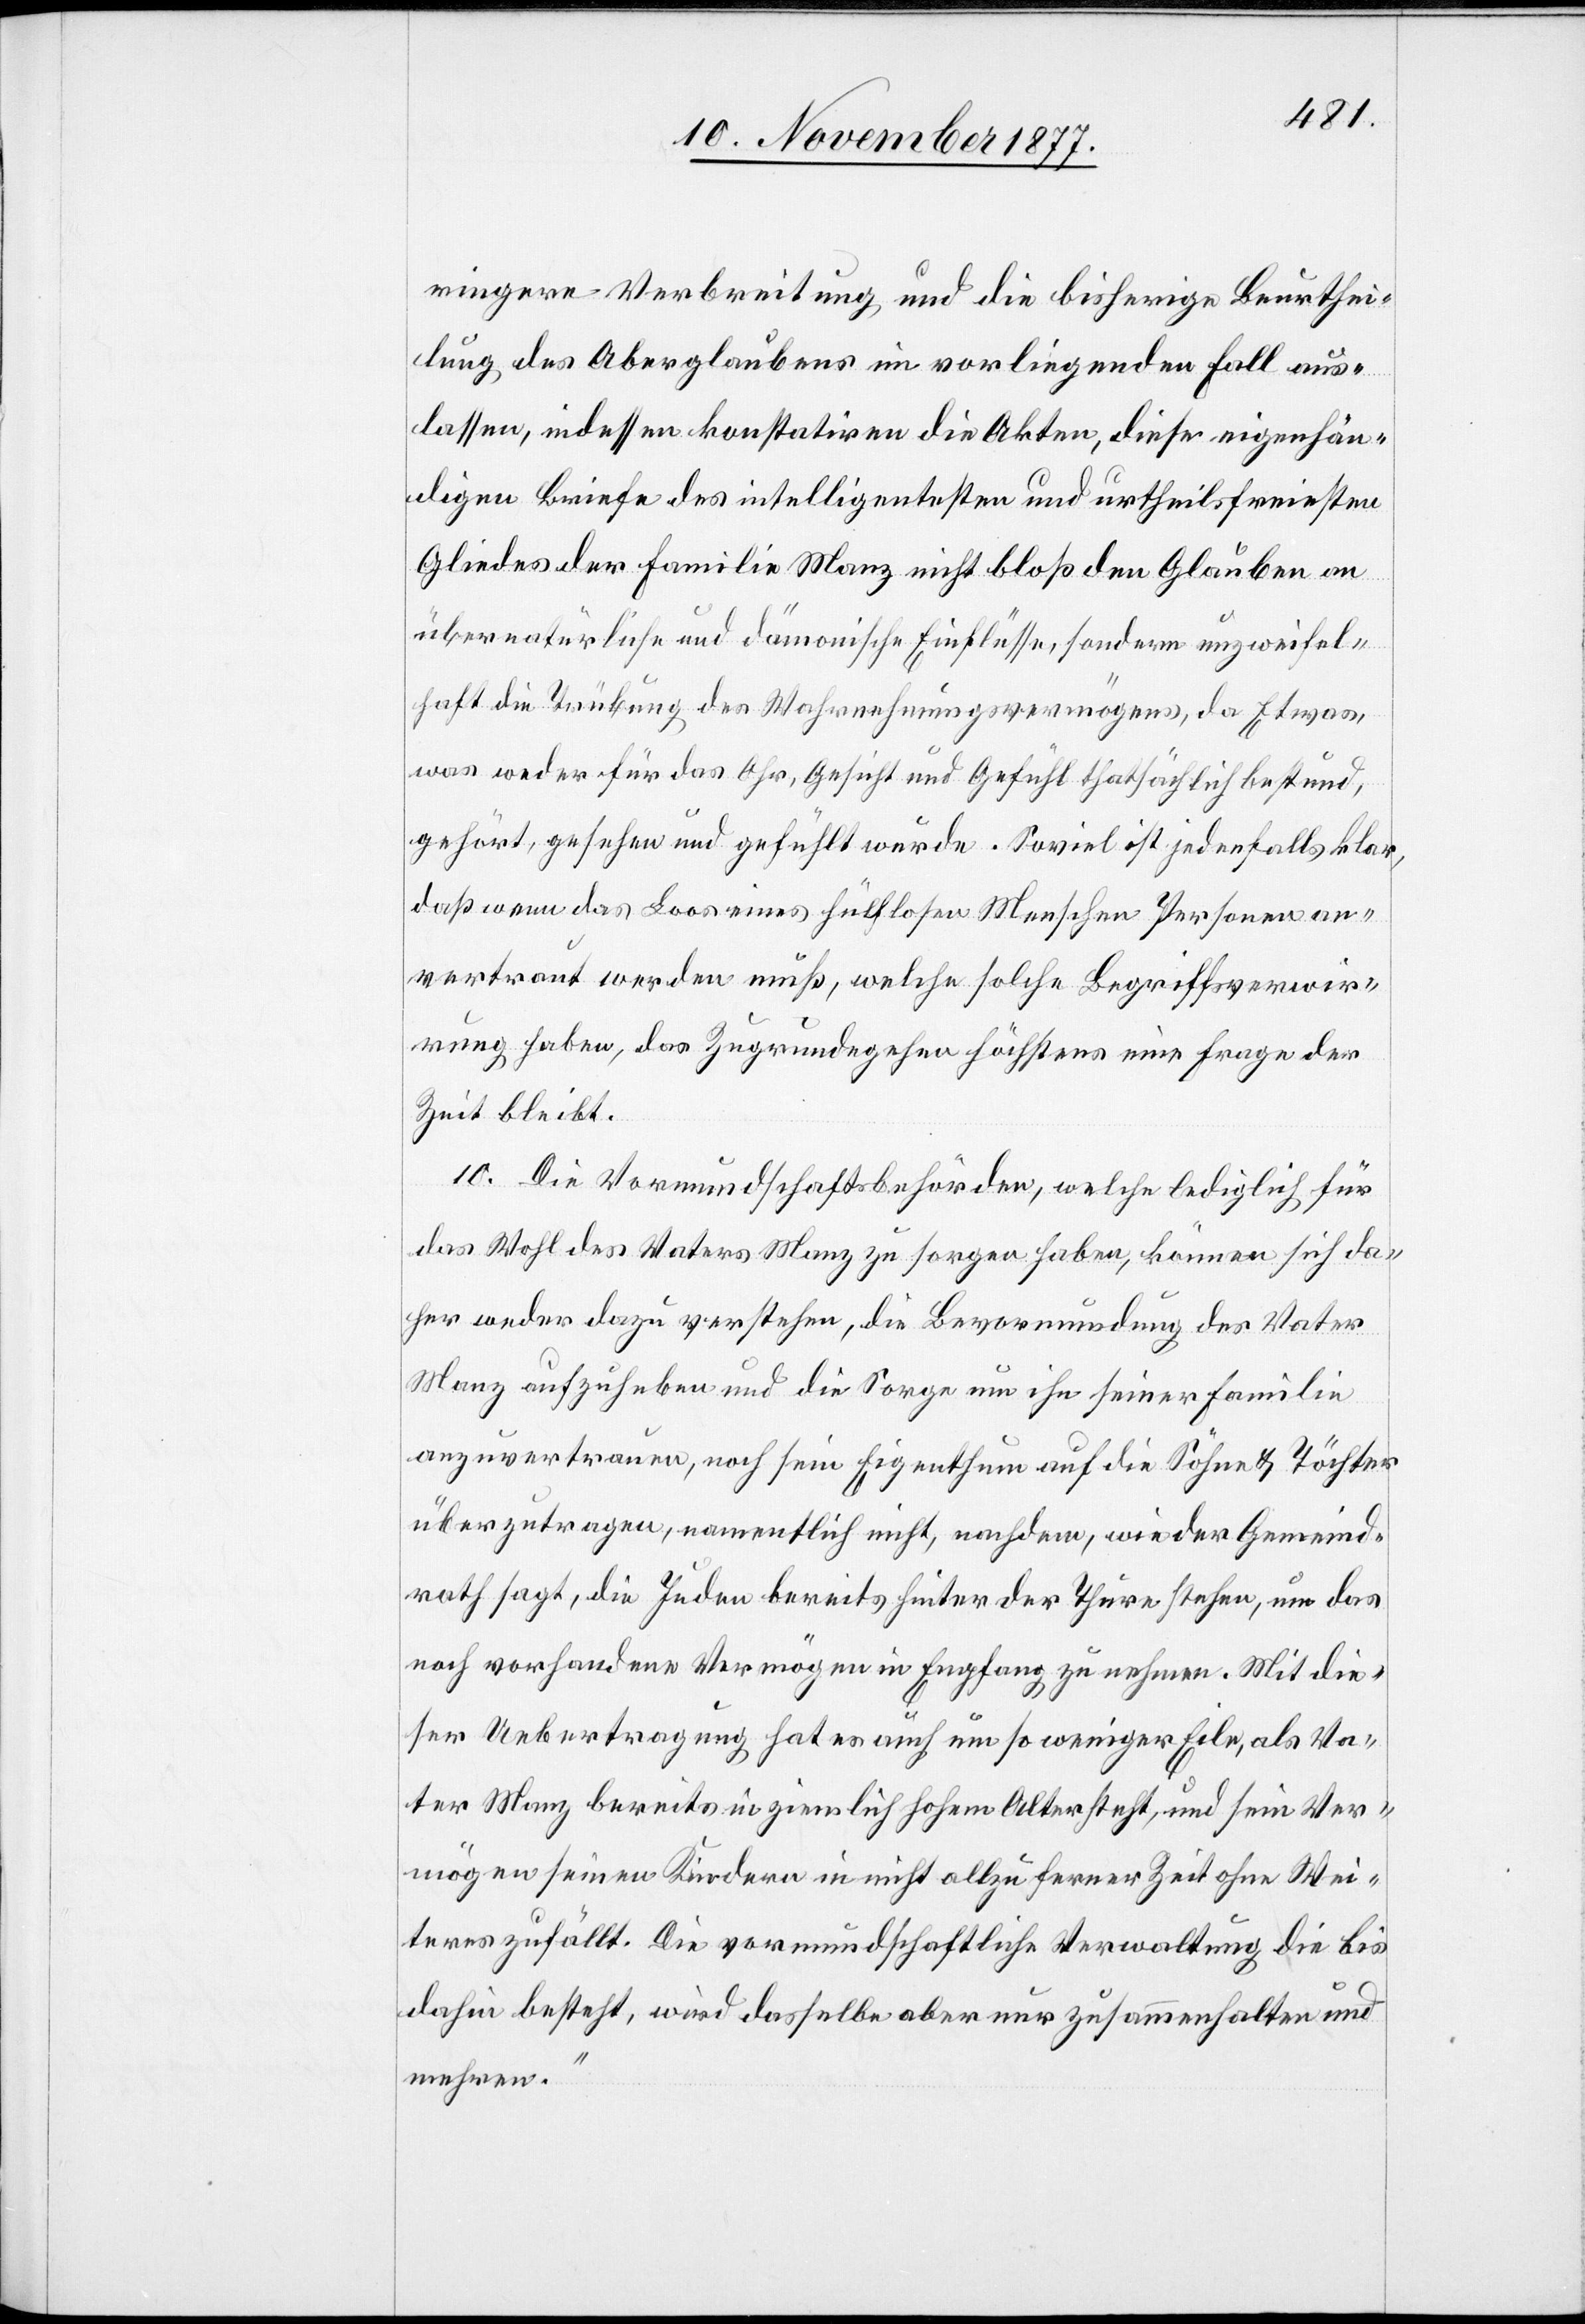
ringere Verbreitung und die bisherige Beurthei¬
lung des Aberglaubens im vorliegenden Fall aus¬
lassen, indessen konstatiren die Akten, diese eigenhän¬
digen Briefe des intelligentesten und urtheilsfreiesten
Gliedes der Familie Manz nicht bloß den Glauben an
übernatürliche und dämonische Einflüsse, sondern unzweifel¬
haft die Trübung des Wahrnehmungsvermögens, da Etwas,
was weder für das Ohr, Gesicht und Gefühl thatsächlich bestund,
gehört, gesehen und gefühlt wurde. Soviel ist jedenfalls klar,
daß wenn das Loos eines hülflosen Menschen Personen an¬
vertraut werden muß, welche solche Begriffsverwir¬
rung haben, das Zugrundegehen höchstens eine Frage der
Zeit bleibt.
10. Die Vormundschaftsbehörden, welche lediglich für
das Wohl des Vaters Manz zu sorgen haben, können sich da¬
her weder dazu verstehen, die Bevormundung des Vater
Manz aufzuheben und die Sorge um ihn seiner Familie
anzuvertrauen, noch sein Eigenthum auf die Söhne & Töchter
überzutragen, namentlich nicht, nachdem, wie der Gemeind¬
rath sagt, die Juden bereits hinter der Thüre stehen, um das
noch vorhandene Vermögen in Empfang zu nehmen. Mit die¬
ser Uebertragung hat es auch um so weniger Eile, als Va¬
ter Manz bereits in ziemlich hohem Alter steht, und sein Ver¬
mögen seinen Kindern in nicht allzu ferner Zeit ohne Wei¬
teres zufällt. Die vormundschaftliche Verwaltung die bis
dahin besteht, wird dasselbe aber nur zusammenhalten und
mehren.“